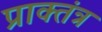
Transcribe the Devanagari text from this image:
प्राक्तंत्र